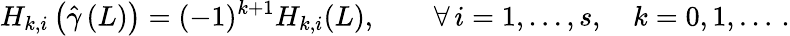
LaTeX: H_{k,i}\left({\hat{\gamma}}\left(L\right)\right)=(-1)^{k+1}H_{k,i}(L),\qquad\forall\, i=1,\ldots,s,\quad k=0,1,\ldots\, .